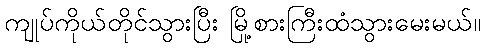
ကျုပ်ကိုယ်တိုင်သွားပြီး မြို့စားကြီးထံသွားမေးမယ်။